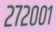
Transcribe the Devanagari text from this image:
२७२००१